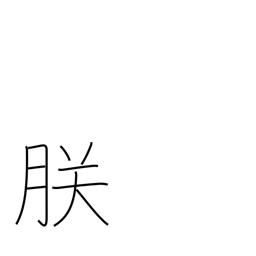
Meaning: majestic plural